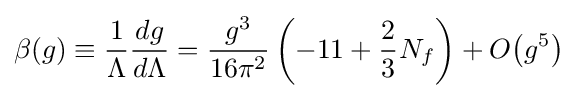
\beta (g)\equiv {\frac {1}{\Lambda }}{\frac {dg}{d\Lambda }}={\frac {g^{3}}{16\pi ^{2}}}\left(-11+{\frac {2}{3}}N_{f}\right)+O{\mathord {\left(g^{5}\right)}}